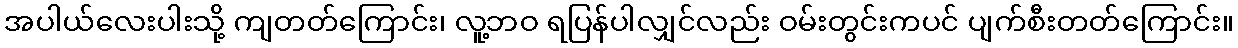
အပါယ်လေးပါးသို့ ကျတတ်ကြောင်း၊ လူ့ဘဝ ရပြန်ပါလျှင်လည်း ဝမ်းတွင်းကပင် ပျက်စီးတတ်ကြောင်း။